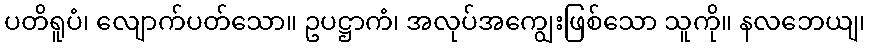
ပတိရူပံ၊ လျောက်ပတ်သော။ ဥပဋ္ဌာကံ၊ အလုပ်အကျွေးဖြစ်သော သူကို။ နလဘေယျ၊